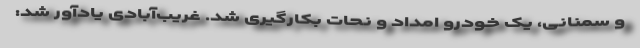
و سمنانی، یک خودرو امداد و نحات بکارگیری شد. غریب‌آبادی یادآور شد: